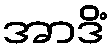
အာဒိံ